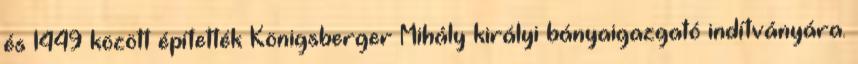
és 1449 között építették Königsberger Mihály királyi bányaigazgató indítványára.